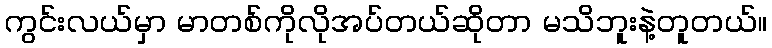
ကွင်းလယ်မှာ မာတစ်ကိုလိုအပ်တယ်ဆိုတာ မသိဘူးနဲ့တူတယ်။